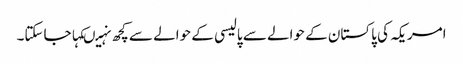
امریکہ کی پاکستان کے حوالے سے پالیسی کے حوالے سے کچھ نہیںکہاجاسکتا۔